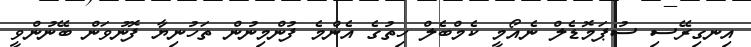
އިނގިރޭސި ސުޕަމޮޑެލް ނެއޯމީ ކެމްބެލް ހިތުގެ އެންމެ ފުންމިނުން ތަހުނިޔާ ފޮނުވަން ބޭނުންވީ